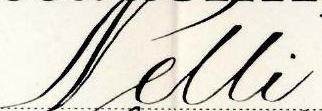
Nelli